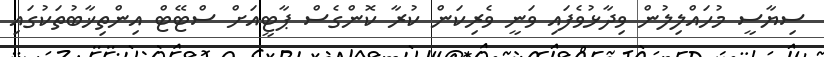
ސިޔާސީ މުހައްލިލުން ވިދާޅުވެފައި ވަނީ ވެރިކަން ކުރާ ކޮންގެސް ޕާޓީއަށް ސްޓޭޓް އިންތިޚާބުތަކުގައި